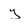
Character: y